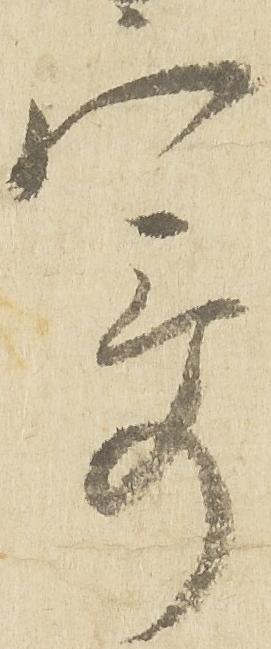
寄